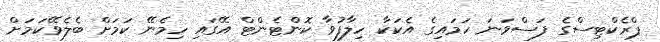
ޕްރެކްޓިސްގެ ފަސްވަނަ ހަމައިގެ އެކަކާ ހިލާފުވާ ކޮންޓެންޓް އޭގައި ހިމެނޭ ކަމަށް ބެލެވޭކަމަށް